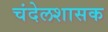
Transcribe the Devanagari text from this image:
चंदेलशासक